Report of the King Institute of Preventive Medicine, Guindy
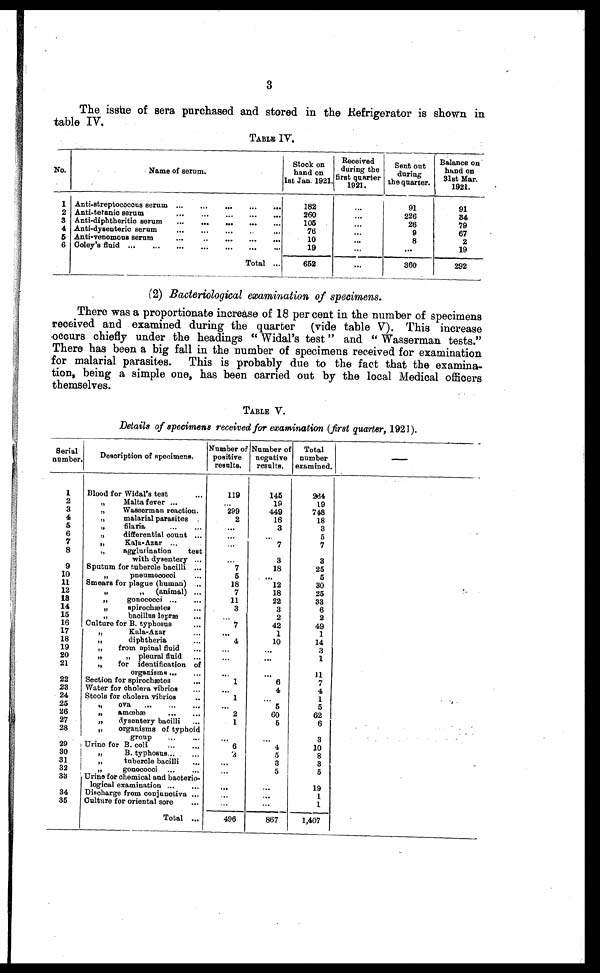
3
The issue of sera purchased and stored in the Refrigerator is shown in
table IV.
TABLE IV.
No.
Name of serum.
Stock on
hand on
1st Jan. 1921.
Received
during the
first quarter
1921.
Sent out
during
the quarter.
Balance on
hand on
31st Mar.
1921.
1 Anti-streptococcus serum ...
...
...
...
...
182
...
91
91
2 Anti-tetanic serum
...
...
...
...
...
260
...
226
34
3 Anti-diphtheritic serum
...
...
...
...
...
105
...
26
79
4 Anti-dysenteric serum
...
...
76
...
9
67
5 Anti-venomous serum
...
..
...
...
...
10
...
8
2
6 Coley's fluid ...
...
...
...
...
...
...
19
...
...
19
Total ...
652
...
360
292
(2) Bacteriological examination of specimens.
There was a proportionate increase of 18 per cent in the number of specimens
received and examined during the quarter (vide table V). This increase
occurs chiefly under the headings "Widal's test" and "Wasserman tests."
There has been a big fall in the number of specimens received for examination
for malarial parasites. This is probably due to the fact that the examina-
tion, being a simple one, has been carried out by the local Medical officers
themselves.
TABLE V.
Details of specimens received for examination (first quarter, 1921).
Serial
number.
Description of specimens.
Number of
positive
results.
Number of
negative
results.
Total
number
examined.
—
1
Blood for Widal's test
...
119
145
264
2
"
Malta fever ...
...
19
19
3
"
Wasserman reaction.
299
449
748
4
"
malarial parasites .
2
16
18
5
,,
filaria
...
...
...
3
3
.
6
"
differential count ...
...
...
5
7
,,
Bala-Azar ...
...
7
7
8
"
agglutination
test
with dysentery ..
...
3
3
9
Sputum for tubercle bacilli ...
7
18
25
10
"
pneumococci
...
5
...
5
11.
Smears for plague (human)
.
18
12
30
12
"
"
(animal) ...
7
18
25
18
"
gonococci ...
...
11
22
33
14
"
spirochætes
...
3
3
6
15
"
bacillus lepræ
... ...
2
2
16
Culture for B. typhosus
...
7
42
49
17
"
Kala-Azar
...
...
1
1
18
"
diphtheria
...
4
10
14
19
"
from spinal fluid
...
...
...
3
20
" pleural fluid
...
...
...
1
21
"
for identification of
organisms ...
...
...
...
11
22
Section for spirochætes
...
1
6
7
23
Water for cholera vibrios
...
...
4
4
24
Stools for cholera vibrios
..
1
...
1
25
"
ova
... ...
...
...
5
5
26
"
amœbæ
...
...
2
60
62
27
"
dysentery bacilli
...
1
5
6
28
" organisms of typhoid
group
...
...
...
...
3
29
Urine for B. coli
...
...
6
4
10
30
"
B. typhosus ..
...
3
5
8
31
"
tubercle bacili
...
...
3
3
32
" gonococci. ...
...
5
5
33
Urine for chemical and bacterio-
logical examination ...
...
...
...
19
34
Discharge from conjunctiva ...
...
...
1
35
Culture for oriental sore
..
...
...
1
Total ...
496
867
1,407